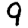
Digit: 9